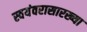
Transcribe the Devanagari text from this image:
स्वयंवरासारख्या